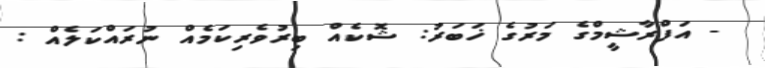
- އަފްރާޝީމްގެ މަރުގެ ޚަބަރު: ޝޮކެއް ބިރުވެރިކަމެއް ނުރައްކަލެއް :